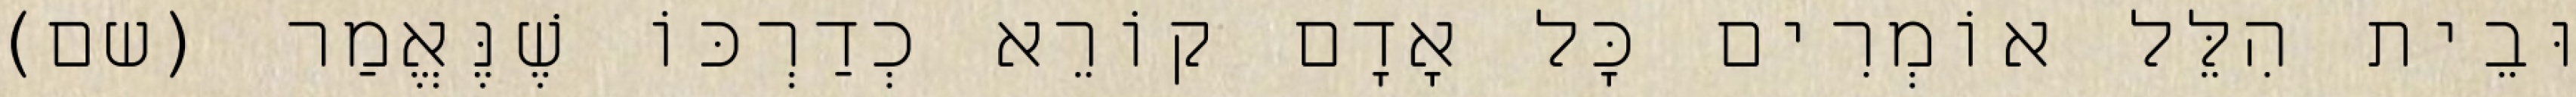
וּבֵית הִלֵּל אוֹמְרִים כָּל אָדָם קוֹרֵא כְדַרְכּוֹ שֶׁנֶּאֱמַר (שם)